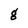
Character: g